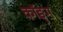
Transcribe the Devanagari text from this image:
कॉङ्‌ग